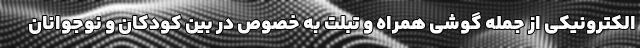
الکترونیکی از جمله گوشی همراه و تبلت به خصوص در بین کودکان و نوجوانان